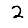
Digit: 2